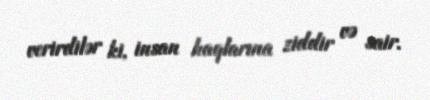
verirdilər ki, insan haqlarına ziddir və sair.